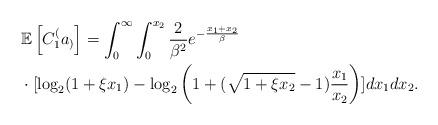
LaTeX: \begin{align*}&\mathbb{E}\left[C_1^(a_)\right] = \int_0^\infty\int_0^{x_2} \frac{2}{\beta^2}e^{-\frac{x_1+x_2}{\beta}}\\&\cdot[\log_2(1+\xi x_1) -\log_2\left(1 + (\sqrt{1+\xi x_2}-1)\frac{x_1}{x_2}\right)]dx_1dx_2.\end{align*}